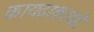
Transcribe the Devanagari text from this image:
कायदाकायदे